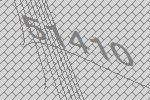
51410